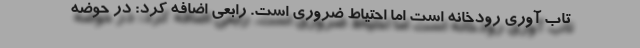
تاب آوری رودخانه است اما احتیاط ضروری است. رابعی اضافه کرد: در حوضه